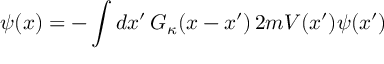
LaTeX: \psi ( x ) = - \int d x ^ { \prime } \, G _ { \kappa } ( x - x ^ { \prime } ) \, 2 m V ( x ^ { \prime } ) \psi ( x ^ { \prime } )